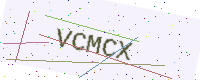
Text: VCMCX